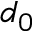
d _ { 0 }